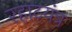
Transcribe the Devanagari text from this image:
रहाटयंत्र